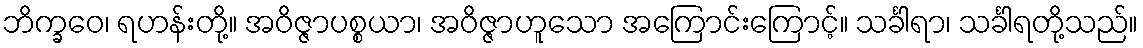
ဘိက္ခဝေ၊ ရဟန်းတို့။ အဝိဇ္ဇာပစ္စယာ၊ အဝိဇ္ဇာဟူသော အကြောင်းကြောင့်။ သင်္ခါရာ၊ သင်္ခါရတို့သည်။